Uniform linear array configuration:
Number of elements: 48
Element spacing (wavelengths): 0.75
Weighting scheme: cosine
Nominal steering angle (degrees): -45
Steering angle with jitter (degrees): -46.707
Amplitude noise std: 0.05
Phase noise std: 0.05

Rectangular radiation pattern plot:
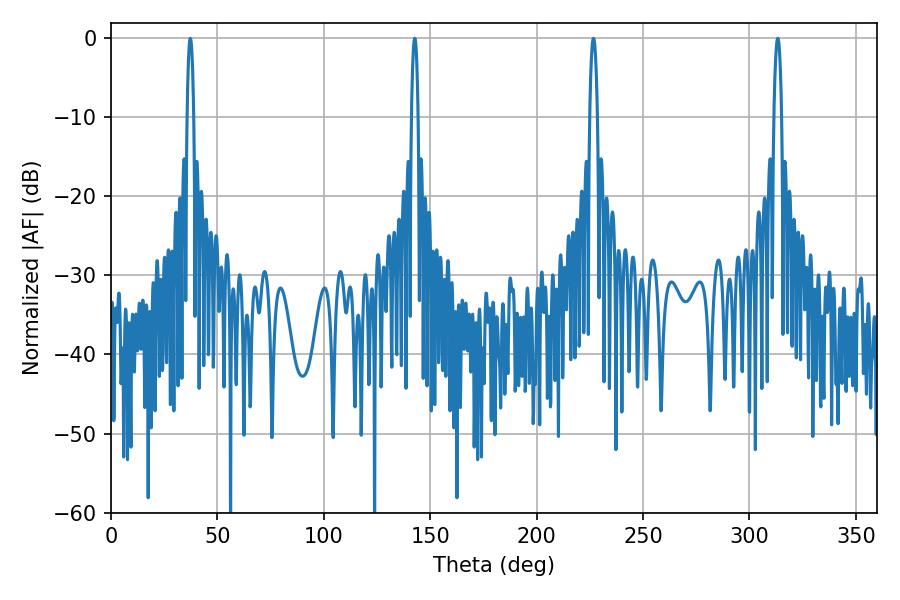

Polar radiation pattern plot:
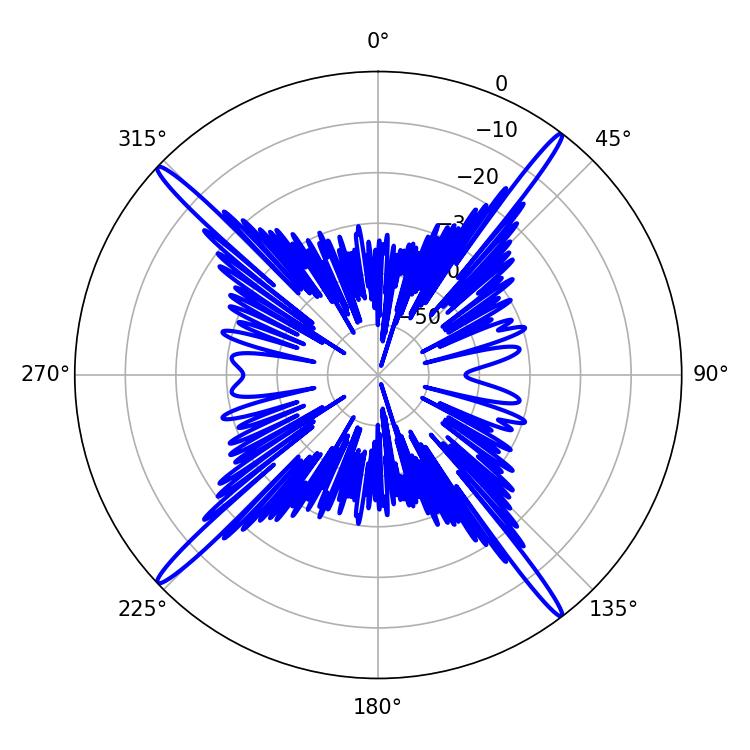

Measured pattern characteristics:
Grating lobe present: TRUE
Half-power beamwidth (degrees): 1.8
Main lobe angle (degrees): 37.26